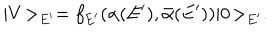
LaTeX: | V \! > _ { E ^ { \prime } } = f _ { E ^ { \prime } } ( \alpha ( E ^ { \prime } ) , \bar { \alpha } ( E ^ { \prime } ) ) | 0 \! > _ { E ^ { \prime } } .